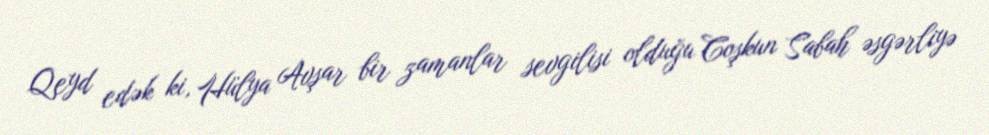
Qeyd edək ki, Hülya Avşar bir zamanlar sevgilisi olduğu Coşkun Sabah əsgərliyə